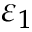
\varepsilon _ { 1 }